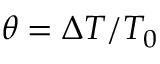
\theta = \Delta T / T _ { 0 }